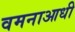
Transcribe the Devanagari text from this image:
वमनाआधी